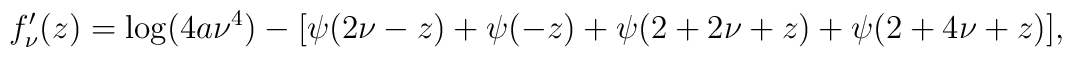
f_\nu ^{\prime }(z)=\log (4a\nu ^4)-[\psi (2\nu -z)+\psi (-z)+\psi (2+2\nu+z)+\psi (2+4\nu +z)],